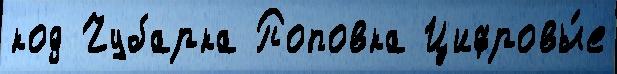
код Чубарка Поповка Цифровы́е